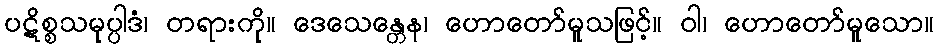
ပဋိစ္စသမုပ္ပါဒံ၊ တရားကို။ ဒေသေန္တေန၊ ဟောတော်မူသဖြင့်။ ဝါ၊ ဟောတော်မူသော။